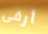
أرقى